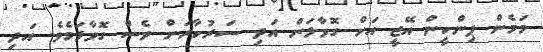
މަމެން ޕިންކީން އޭޖީ އަށް ގޮވާލަން އަދި ސަރުކާރަށް ވެސް ގޮވާލަމެވެ. އަދި